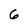
Character: 6